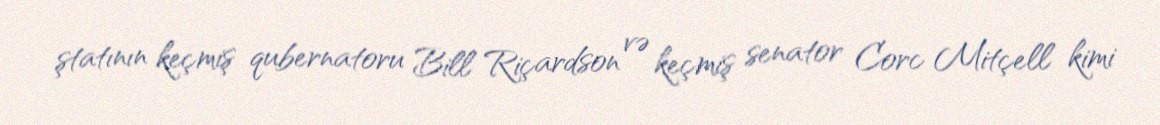
ştatının keçmiş qubernatoru Bill Riçardson və keçmiş senator Corc Mitçell kimi